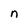
Character: n